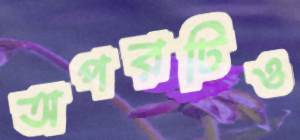
অপরটিও